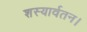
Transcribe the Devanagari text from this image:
शस्यार्वतन।